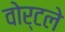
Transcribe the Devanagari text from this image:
वोर्टले